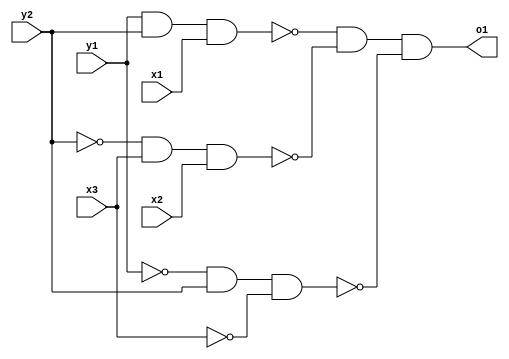
// test verilog file
module factorization8_simplified (y1,y2,x1,x2,x3,o1);
input x1;
input x2;
input x3;
input y1;
input y2;
wire f1;
wire f2;
wire f3;
wire n1;
wire n2;
wire n3;
wire n4;
wire n5;
output o1;
assign n1 =  y1 & y2;
assign f1 =  n1 & x1;
assign n2 = ~y2 & x3;
assign f2 =  n2 & x2;
assign n3 = ~y1 & y2;
assign f3 =  n3 & ~x3;
assign n4 = ~f1 & ~f2;
assign n5 = n4 & ~f3;
assign o1 = n5;
endmodule